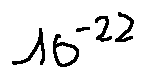
1 0 ^ { - 2 2 }